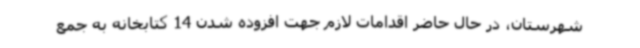
شهرستان، در حال حاضر اقدامات لازم جهت افزوده شدن 14 کتابخانه به جمع